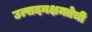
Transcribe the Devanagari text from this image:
उत्पादनक्षमतेची